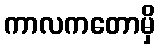
ကာလကတောမှိ